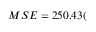
M S E = 2 5 0 . 4 3 ( \